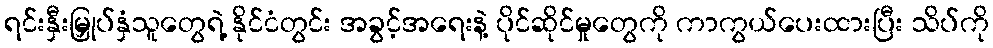
ရင်းနှီးမြှုပ်နှံသူတွေရဲ့ နိုင်ငံတွင်း အခွင့်အရေးနဲ့ ပိုင်ဆိုင်မှုတွေကို ကာကွယ်ပေးထားပြီး သိပ်ကို